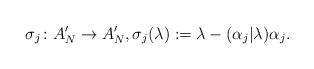
LaTeX: \begin{align*}\sigma_j\colon A_N' \rightarrow A_N', \sigma_j(\lambda):=\lambda -(\alpha_j|\lambda)\alpha_j.\end{align*}